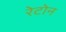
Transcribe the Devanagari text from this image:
रेटोन